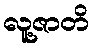
လူ့ဇာတိ